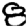
Digit: 8